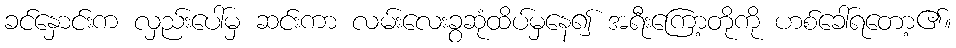
ခင်နှောင်းက လှည်းပေါ်မှ ဆင်းကာ လမ်းလေးခွဆုံထိပ်မှနေ၍ အရီးကြော့တိုကို ဟစ်ခေါ်ရတော့၏။